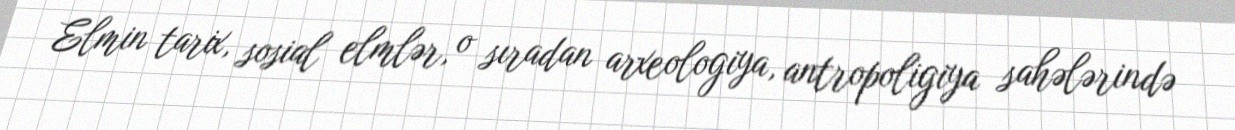
Elmin tarix, sosial elmlər, o sıradan arxeologiya, antropoligiya sahələrində